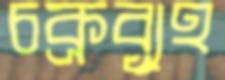
চক্রব্যূহ